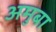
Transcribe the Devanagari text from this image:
अमुबा